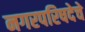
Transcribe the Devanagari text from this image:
नगरपरिषदेचे